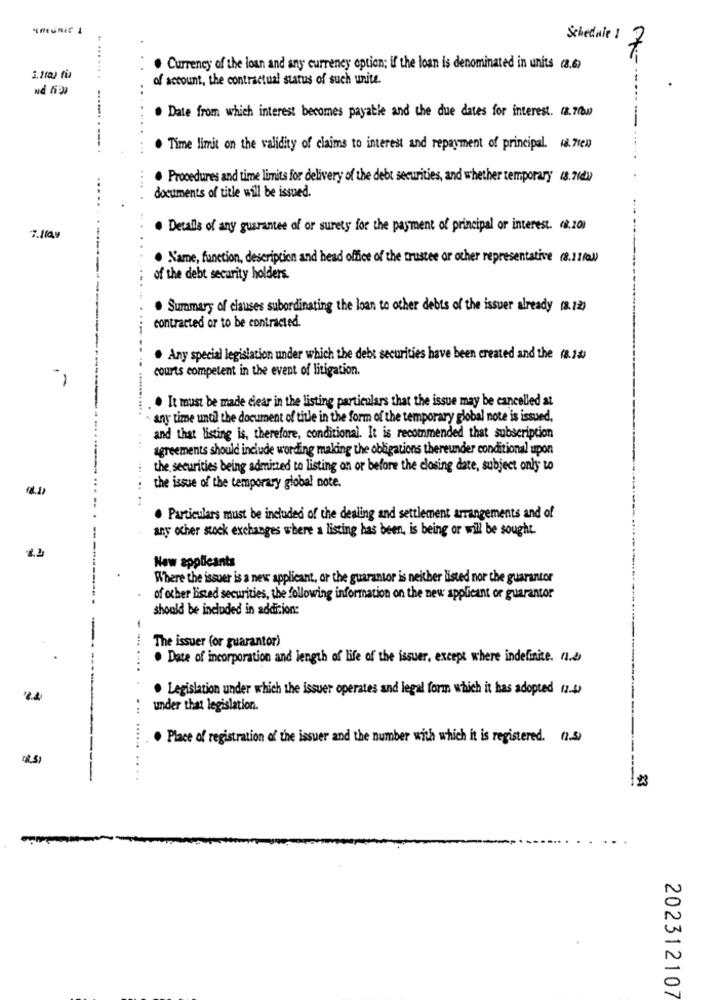
Schedule 1
. Currency of the loan and any currency option; if the loan is denominated in units (8.6)
3.110) fi
of account, the contractual status of such unite.
. Date from which interest becomes payable and the due dates for interest. (8.70w)
. Time limit on the validity of claims to interest and repayment of principal. (8. 7tem)
. Procedures and time limits for delivery of the debt securities, and whether temporary (8.21d))
documents of title will be issued.
. Details of any guarantee of or surety for the payment of principal or interest. (8.201
. Name, function, description and head office of the trustee or other representative (8.11/J)
of the debt security holders.
. Summary of clauses subordinating the loan to other debts of the issuer already (8.12)
contracted or to be contracted.
. Any special legislation under which the debt securities have been created and the (8.1)
courts competent in the event of litigation.
. It must be made clear in the listing particulars that the issue may be cancelled at
any time until the document of title in the form of the temporary global note is issued,
and that listing is, therefore, conditional. It is recommended that subscription
agreements should include wording making the obligations thereunder conditional upon
the securities being adminzed to listing on or before the closing date, subject only to
... ...
the issue of the temporary global note.
. Particulars must be included of the dealing and settlement arrangements and of
any ocher stock exchanges where a listing has been, is being or will be sought.
New applicants
Where the issuer is a new applicant, or the guarantor is neither listed nor the guarantor
of other listed securities, the following information on the new applicant or guarantor
should be included in addition:
The issuer (or guarantor)
. Date of incorporation and length of life of the issuer, except where indefinite. n.d
· Legislation under which the issuer operates and legal form which it has adopted 11.4)
2.4
under that legislation.
. Place of registration of the issuer and the number with which it is registered. (1.5)
202312107